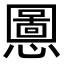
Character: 𫻒